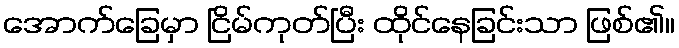
အောက်ခြေမှာ ငြိမ်ကုတ်ပြီး ထိုင်နေခြင်းသာ ဖြစ်၏။